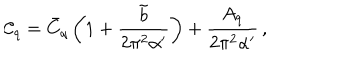
LaTeX: \mathcal { C } _ { q } = \bar { C } _ { q } \left( 1 + \frac { \tilde { b } } { 2 \pi ^ { 2 } \alpha ^ { \prime } } \right) + \frac { A _ { q } } { 2 \pi ^ { 2 } \alpha ^ { \prime } } \, ,